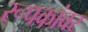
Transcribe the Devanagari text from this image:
रूपकांवर